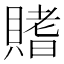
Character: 𫎟